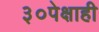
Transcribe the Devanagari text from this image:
३०पेक्षाही